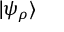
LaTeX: | \psi _ { \rho } \rangle